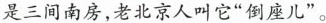
是三间南房，老北京人叫它”倒座儿”。